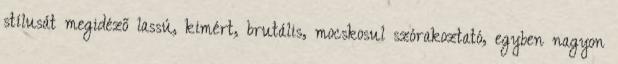
stílusát megidéző lassú, kimért, brutális, mocskosul szórakoztató, egyben nagyon